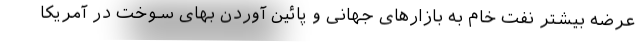
عرضه بیشتر نفت خام به بازارهای جهانی و پائین آوردن بهای سوخت در آمریکا